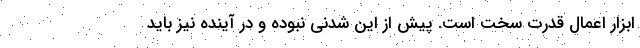
ابزار اعمال قدرت سخت است. پیش از این شدنی نبوده و در آینده نیز باید